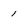
Character: 1